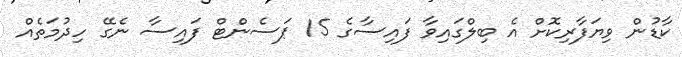
ކާޑުން ވިޔަފާރިކޮށް އެ ބިލްގައިވާ ފައިސާގެ 15 ޕަސެންޓް ފައިސާ ނެގޭ ހިދުމަތެއް